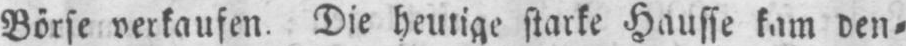
Börse verkaufen. Die heutige starke Hausse kam den⸗